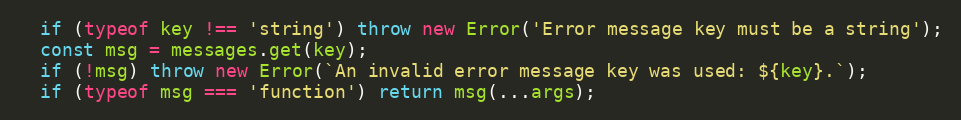
Language: JavaScript
  if (typeof key !== 'string') throw new Error('Error message key must be a string');
  const msg = messages.get(key);
  if (!msg) throw new Error(`An invalid error message key was used: ${key}.`);
  if (typeof msg === 'function') return msg(...args);